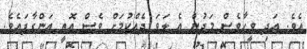
އެވެ. އަދި ވީހާވެސް މަދުން އެ ލަވަ ދެއްކުމަށް ވެސް އޮތީ އަންގާފައެވެ.